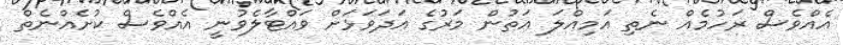
އެއްވެސް ރަހުމެއް ނެތި އަމިއްލަ އަތުން މަރުގެ އަދަވަޅަށް ވައްޓާލެވުނީ އެއްވެސް ކުށެއްނެތް